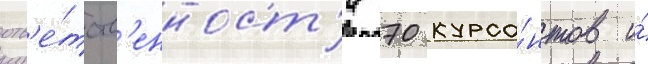
отв'е́тств'енност'и 70 курса́нтов и́